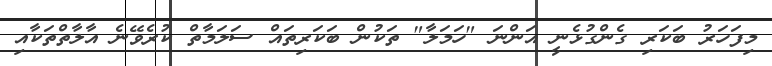
މިފަހަރު ބަކަރި ގެންގުޅެނީ އަންނަ "ހަމަލާ" ތަކުން ބަކަރިތައް ސަލަމާތް ކުރެވޭނެ އާލާތްތަކާއި